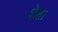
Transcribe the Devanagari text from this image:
शेता